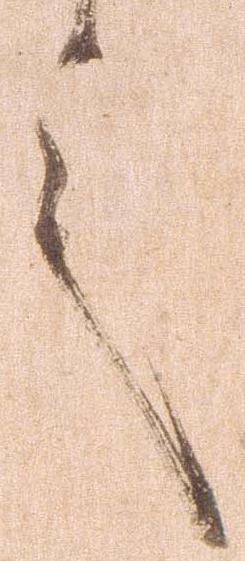
言